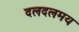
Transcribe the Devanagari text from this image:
दलदलमय